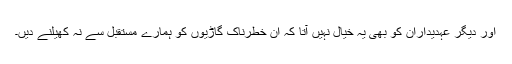
اور دیگر عہدیداران کو بھی یہ خیال نہیں آتا کہ ان خطرناک گاڑیوں کو ہمارے مستقبل سے نہ کھیلنے دیں۔